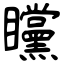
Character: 矘